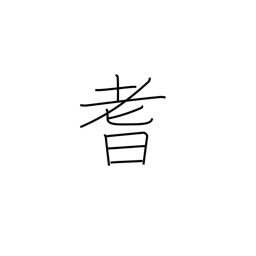
Meaning: senility